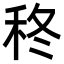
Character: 𮂽